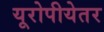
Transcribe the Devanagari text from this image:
यूरोपीयेतर